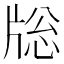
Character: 𤗉